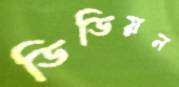
ডিডিয়ন